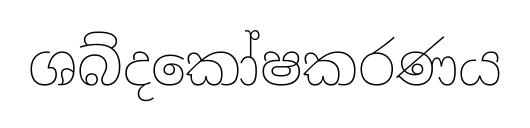
ශබ්දකෝෂකරණය